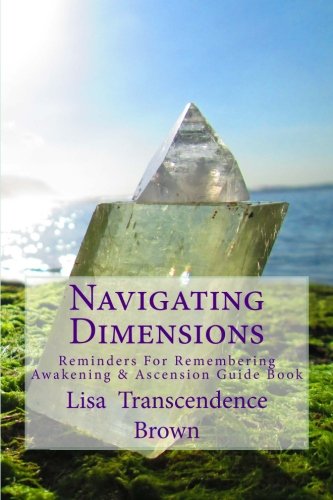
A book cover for Navigating Dimensions: Reminders for Remembering: Awakening & Ascension Guide Book; Lisa Transcendence Brown; Religion & Spirituality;